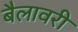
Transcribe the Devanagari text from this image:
बैलावरी